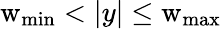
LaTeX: \mathrm{w}_{\mathrm{min}}<|y|\le\mathrm{w}_{\mathrm{max}}